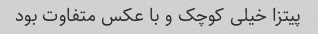
پیتزا خیلى کوچک و با عکس متفاوت بود